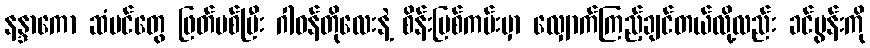
နန္ဒာကော ဆံပင်တွေ ဖြတ်ပစ်ပြီး ဂါဝန်တိုလေးနဲ့ စိန်းမြစ်ကမ်းမှာ လျှောက်ကြည့်ချင်တယ်လို့လည်း ခင်ပွန်းကို